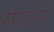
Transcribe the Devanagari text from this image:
स्पसर्स